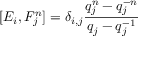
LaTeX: [ E _ { i } , F _ { j } ^ { n } ] = \delta _ { i , j } \frac { q _ { j } ^ { n } - q _ { j } ^ { - n } } { q _ { j } - q _ { j } ^ { - 1 } }